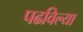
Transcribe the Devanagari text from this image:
पढविल्या